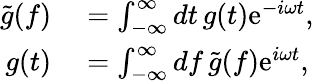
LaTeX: \begin{array}{rl}{\tilde{g}(f)}&{{}=\int_{-\infty}^{\infty}\mathop{dt}g(t)\mathrm{e}^{-i\omega t},}\\ {g(t)}&{{}=\int_{-\infty}^{\infty}\mathop{df}\tilde{g}(f)\mathrm{e}^{i\omega t},}\end{array}